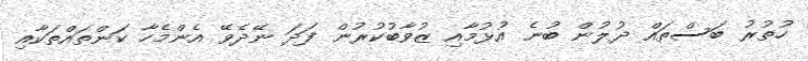
ހުތުރު ބަސްތައް ދުލުން ބުނެ އުޅުމާއި ޒުވާބުކުރުން ފަދަ ނޭދެވޭ އެންމެހާ ކަންތައްތަކާއި